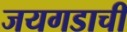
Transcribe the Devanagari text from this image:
जयगडाची